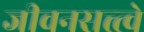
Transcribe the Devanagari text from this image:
जीवनसत्त्त्वे